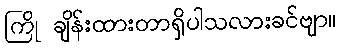
ကြို ချိန်းထားတာရှိပါသလားခင်ဗျာ။